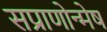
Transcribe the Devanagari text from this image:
सप्राणोन्मेष